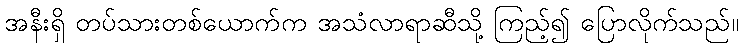
အနီးရှိ တပ်သားတစ်ယောက်က အသံလာရာဆီသို့ ကြည့်၍ ပြောလိုက်သည်။